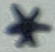
Text: *